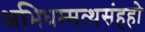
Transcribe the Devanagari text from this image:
अभिधम्मत्थसंहहो